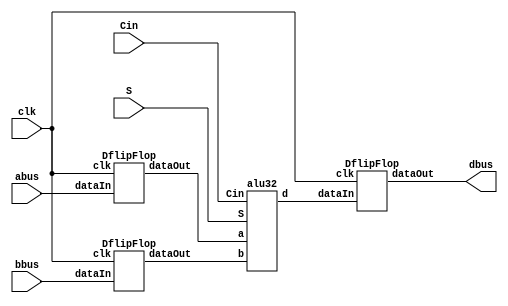
`timescale 1ns / 1ps
/************************
*  Willard Wider
*  6-6-17
*  ELEC3725
*  alupipe.v
*  building a 32 bit ALU
************************/
//the top module, the ALU with piped input and output
module alupipe(S, abus, bbus, clk, Cin, dbus);
  input [31:0] abus;
  input [31:0] bbus;
  input clk;
  input [2:0] S;
  input Cin;
  output [31:0] dbus;
  wire [31:0] aInput;//connects register A output to ALU A input
  wire [31:0] bInput;//connects register B output to ALU B input
  wire [31:0] dInput;//connects register D input to ALU D output
  
  alu32 ALU(.a(aInput), .b(bInput), .Cin(Cin), .d(dInput), .S(S));
  DflipFlop AFF(.dataIn(abus), .dataOut(aInput), .clk(clk));
  DflipFlop BFF(.dataIn(bbus), .dataOut(bInput), .clk(clk));
  DflipFlop DFF(.dataIn(dInput), .dataOut(dbus), .clk(clk));
  
endmodule
//flip flop module. requires a clock cycle to update value
module DflipFlop(dataIn, clk, dataOut);
  input [31:0] dataIn;
  input clk;
  output [31:0] dataOut;
  reg [31:0] dataOut;
  always @(posedge clk) begin
    dataOut = dataIn;
  end
endmodule

//Below this point is code from assignment 1//

//The declaration of the entire ALU itself.
module alu32 (d, Cout, V, a, b, Cin, S);
  output[31:0] d;//the output bus
  output Cout, V;//Cout is the bit for it it needs to carry over to the next circuit/ V is the overflow bit.
  input [31:0] a, b;//the two input buses
  input Cin;//the bit for marking if it is carrying over from a previous circuit
  input [2:0] S;//The select bus. It defines the operation to do with input busses a and b
  
  wire [31:0] c, g, p;
  wire gout, pout;
  
  //The core ALU bus
  alu_cell mycell[31:0] (
     .d(d),
     .g(g),
     .p(p),
     .a(a),
     .b(b),
     .c(c),
     .S(S)
  );
  
  //the top Look-Ahead-Carry module.
  lac5 lac(
     .c(c),
     .gout(gout),
     .pout(pout),
     .Cin(Cin),
     .g(g),
     .p(p)
  );
  
  //the overflow module
  overflow ov(
     .Cout(Cout),
     .V(V),
     .g(gout),
     .p(pout),
     .c31(c[31]),
     .Cin(Cin)
  );
endmodule

//The module to handle a single bit operation for the top ALU module
module alu_cell (d, g, p, a, b, c, S);
  output d, g, p;
  input a, b, c;
  input [2:0] S;
  reg g,p,d,cint,bint;
  
  always @(a,b,c,S,p,g) begin 
    bint = S[0] ^ b;
    g = a & bint;
    p = a ^ bint;
    cint = S[1] & c;
   
  if(S[2]==0)
    begin
      d = p ^ cint;
    end
    
  else if(S[2]==1)
    begin
      if((S[1]==0) & (S[0]==0)) begin
        d = a | b;
      end
      else if ((S[1]==0) & (S[0]==1)) begin
        d = ~(a|b);
      end
      else if ((S[1]==1) & (S[0]==0)) begin
        d = a&b;
      end
      else
        d = 1;
      end
    end
endmodule

//The module to handle the overflow bit
module overflow (Cout, V, g, p, c31, Cin);
  output Cout, V;
  input g, p, c31, Cin;
  
  assign Cout = g|(p&Cin);
  assign V = Cout^c31;
endmodule

//Look-Ahead Carry unit level 1. Used for the root (level 1) and first child leafs (level 2)
module lac(c, gout, pout, Cin, g, p);
  output [1:0] c;
  output gout;
  output pout;
  input Cin;
  input [1:0] g;
  input [1:0] p;

  assign c[0] = Cin;
  assign c[1] = g[0] | ( p[0] & Cin );
  assign gout = g[1] | ( p[1] & g[0] );
  assign pout = p[1] & p[0];
  
endmodule

//Look-Ahead Carry unit level 2. Contains LACs for the root and level 1. Used in level 3
module lac2 (c, gout, pout, Cin, g, p);
  output [3:0] c;
  output gout, pout;
  input Cin;
  input [3:0] g, p;
  
  wire [1:0] cint, gint, pint;
  
  lac leaf0(
     .c(c[1:0]),
     .gout(gint[0]),
     .pout(pint[0]),
     .Cin(cint[0]),
     .g(g[1:0]),
     .p(p[1:0])
  );
  
  lac leaf1(
     .c(c[3:2]),
     .gout(gint[1]),
     .pout(pint[1]),
     .Cin(cint[1]),
     .g(g[3:2]),
     .p(p[3:2])
  );
  
  lac root(
     .c(cint),
     .gout(gout),
     .pout(pout),
     .Cin(Cin),
     .g(gint),
     .p(pint)
  );
endmodule

//Look-Ahead Carry unit level 3. Contains LACs for the root and level 2. Used in level 4
module lac3 (c, gout, pout, Cin, g, p);
  output [7:0] c;
  output gout, pout;
  input Cin;
  input [7:0] g, p;
  
  wire [1:0] cint, gint, pint;
  
  lac2 leaf0(
     .c(c[3:0]),
     .gout(gint[0]),
     .pout(pint[0]),
     .Cin(cint[0]),
     .g(g[3:0]),
     .p(p[3:0])
  );
  
  lac2 leaf1(
     .c(c[7:4]),
     .gout(gint[1]),
     .pout(pint[1]),
     .Cin(cint[1]),
     .g(g[7:4]),
     .p(p[7:4])
  );
  
  lac root(
     .c(cint),
     .gout(gout),
     .pout(pout),
     .Cin(Cin),
     .g(gint),
     .p(pint)
  );
endmodule

//Look-Ahead Carry unit level 4. Contains LACs for the root and level 3. Used in level 5
module lac4 (c, gout, pout, Cin, g, p);
  output [15:0] c;
  output gout, pout;
  input Cin;
  input [15:0] g, p;
  
  wire [1:0] cint, gint, pint;
  
  lac3 leaf0(
      .c(c[7:0]),
      .gout(gint[0]),
      .pout(pint[0]),
      .Cin(cint[0]),
      .g(g[7:0]),
      .p(p[7:0])
  );
  
  lac3 leaf1(
      .c(c[15:8]),
      .gout(gint[1]),
      .pout(pint[1]),
      .Cin(cint[1]),
      .g(g[15:8]),
      .p(p[15:8])
  );
  
  lac root(
  .c(cint),
  .gout(gout),
  .pout(pout),
  .Cin(Cin),
  .g(gint),
  .p(pint)
  );
endmodule

//Look-Ahead Carry unit level 1. Caontains LACs for the root and level 4. Used in the core alu32 module
module lac5 (c, gout, pout, Cin, g, p);
  output [31:0] c;
  output gout, pout;
  input Cin;
  input [31:0] g, p;
  
  wire [1:0] cint, gint, pint;
  
  lac4 leaf0(
      .c(c[15:0]),
      .gout(gint[0]),
      .pout(pint[0]),
      .Cin(cint[0]),
      .g(g[15:0]),
      .p(p[15:0])
  );
  
  lac4 leaf1(
      .c(c[31:16]),
      .gout(gint[1]),
      .pout(pint[1]),
      .Cin(cint[1]),
      .g(g[31:16]),
      .p(p[31:16])
  );
  
  lac root(
     .c(cint),
     .gout(gout),
     .pout(pout),
     .Cin(Cin),
     .g(gint),
     .p(pint)
  );
endmodule